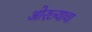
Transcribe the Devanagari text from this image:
ओरछ्याचा